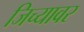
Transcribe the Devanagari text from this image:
जिच्यावर